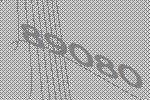
89080